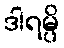
ဒါရမ္ပိ